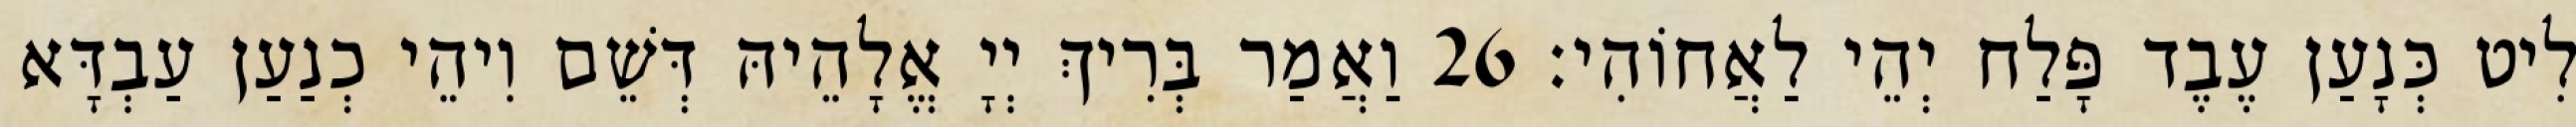
לִיט כְּנָעַן עֶבֶד פָּלַח יְהֵי לַאֲחוֹהִי׃ 26 וַאֲמַר בְּרִיךְ יְיָ אֱלָהֵיהּ דְּשֵׁם וִיהֵי כְנַעַן עַבְדָּא